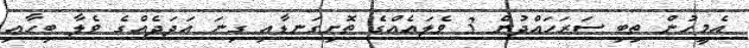
އެމީހުން ތިބި ސަރަހައްދުން 3 ވެލައެއްގެ ތޮށިގަނޑާއި ގިނަ ޢަދަދެއްގެ ވެލާ ބިހާއި